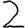
Digit: 2